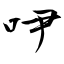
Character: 吚